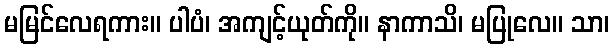
မမြင်လေရကား။ ပါပံ၊ အကျင့်ယုတ်ကို။ နာကာသိ၊ မပြုလေ။ သာ၊